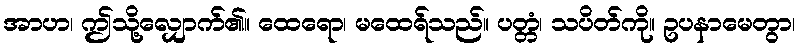
အာဟ၊ ဤသို့လျှောက်၏။ ထေရော၊ မထေရ်သည်။ ပတ္တံ၊ သပိတ်ကို။ ဥပနာမေတွာ၊